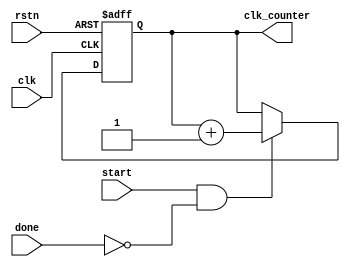
module clk_counter_fc(
  input clk,
  input rstn,
  input start,
  input done,
  output reg [31:0] clk_counter
);

  ////    Don't modify this part   ////
  
  always @(posedge clk or negedge rstn) begin
      if(!rstn) begin
        clk_counter <= 32'd0;
      end
      else begin
        if(start && !done) begin
          clk_counter <= clk_counter+1;
        end
        else begin
          clk_counter <= clk_counter;
        end
      end
  end
  ////////////////////////////////////
endmodule